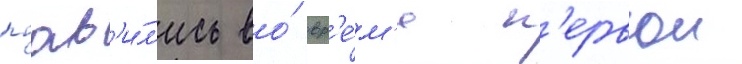
поав'и́л'ись во́ вр'е́м'я п'ервои